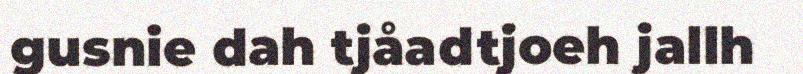
gusnie dah tjåadtjoeh jallh